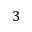
3